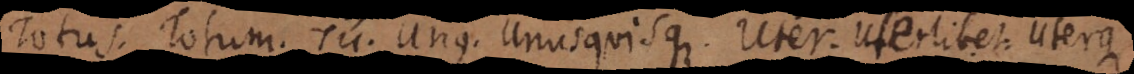
Totus. Totum. Tu. Unus. Unusquisque. Uter. Uterlibet. Uterque.